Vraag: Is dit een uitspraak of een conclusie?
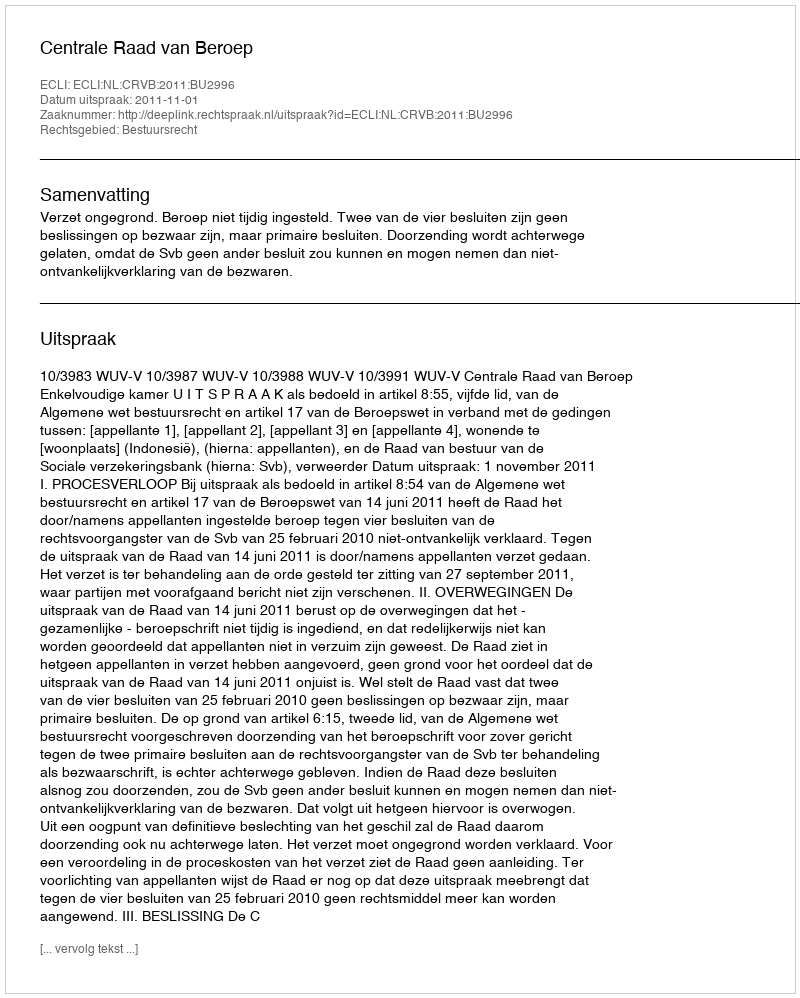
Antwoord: Uitspraak